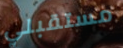
مستقبلي